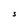
Character: S